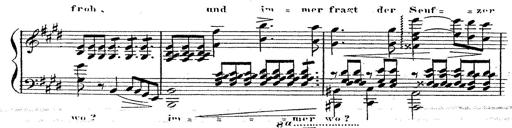
Title: 12 Lieder von Franz Schubert
Composer: Franz Liszt